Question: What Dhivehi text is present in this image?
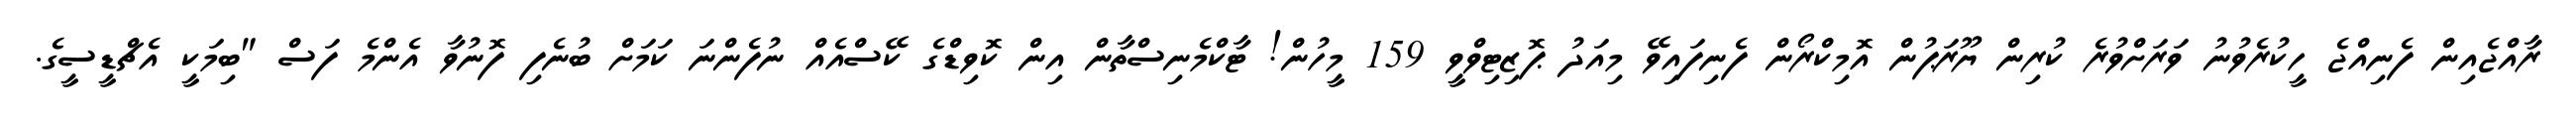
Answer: ރާއްޖެއިން ފެނިއްޖެ ހީކުރެވުނު ވަރަށްވުރެ ކުރިން ޔޫރަޕުން އޮމިކްރޯން ފެނިފައިވޭ މިއަދު ޕޮޒިޓިވްވީ 159 މީހުން! ޓާކްމެނިސްތާން އިން ކޮވިޑްގެ ކޭސްއެއް ނުފެންނަ ކަމަށް ބުނެފި ފޮނުވާ އެންމެ ފަސް "ބިމަކީ އެޗްޑީސީގެ.